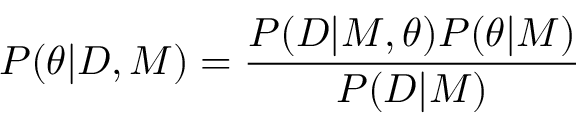
P ( \theta | D , M ) = \frac { P ( D | M , \theta ) P ( \theta | M ) } { P ( D | M ) }